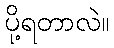
ပို့ရတာလဲ။